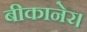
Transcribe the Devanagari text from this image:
बीकानेर।